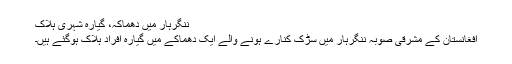
ننگرہار میں دھماکہ، گيارہ شہری ہلاک
افغانستان کے مشرقی صوبہ ننگرہار میں سڑک کنارے ہونے والے ايک دھماکے میں گيارہ افراد ہلاک ہوگئے ہیں۔